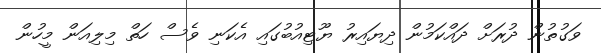
ވަގުތުން ދުރަށް ދައްކަމުން ދިޔައިރު ޔޫޓިއުބުގައި އެކަނި ވެސް ހަތް މިލިއަން މީހުން